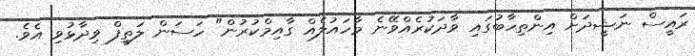
ރައީސް ނަޝީދަށް އިންތިހާބުގައި ވާދަކުރެއްވޭނެ މާހައުލެއް ގާއިމްކުރުން" ހަސަން ލަތީފް ވިދާޅުވި އެވެ.